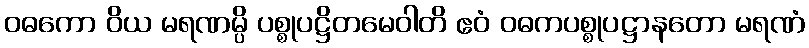
ဝဓကော ဝိယ မရဏမ္ပိ ပစ္စုပဋ္ဌိတမေဝါတိ ဧဝံ ဝဓကပစ္စုပဋ္ဌာနတော မရဏံ